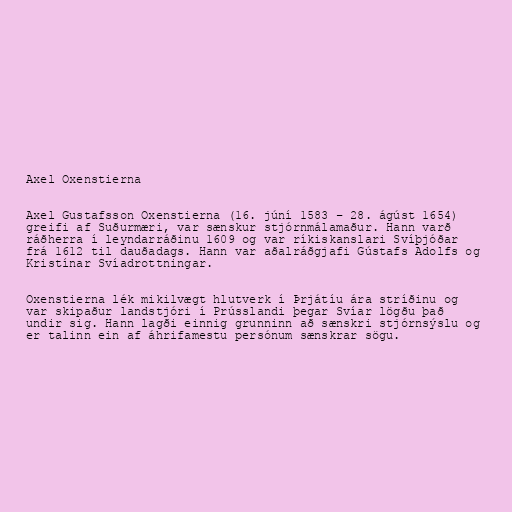
Axel Oxenstierna

Axel Gustafsson Oxenstierna (16. júní 1583 – 28. ágúst 1654)
greifi af Suðurmæri, var sænskur stjórnmálamaður. Hann varð
ráðherra í leyndarráðinu 1609 og var ríkiskanslari Svíþjóðar
frá 1612 til dauðadags. Hann var aðalráðgjafi Gústafs Adolfs og
Kristínar Svíadrottningar.

Oxenstierna lék mikilvægt hlutverk í Þrjátíu ára stríðinu og
var skipaður landstjóri í Prússlandi þegar Svíar lögðu það
undir sig. Hann lagði einnig grunninn að sænskri stjórnsýslu og
er talinn ein af áhrifamestu persónum sænskrar sögu.